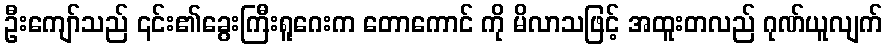
ဦးကျော်သည် ၎င်း၏ခွေးကြီးရူဂေးက တောကောင် ကို မိလာသဖြင့် အထူးတလည် ဂုဏ်ယူလျက်